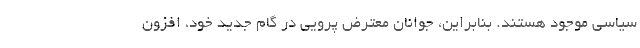
سیاسی موجود هستند. بنابراین، جوانان معترض پرویی در گام جدید خود، افزون